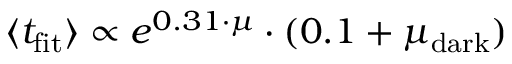
\langle t _ { \mathrm { f i t } } \rangle \propto e ^ { 0 . 3 1 \cdot \mu } \cdot ( 0 . 1 + \mu _ { \mathrm { d a r k } } )